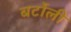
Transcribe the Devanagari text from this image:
बर्टोली